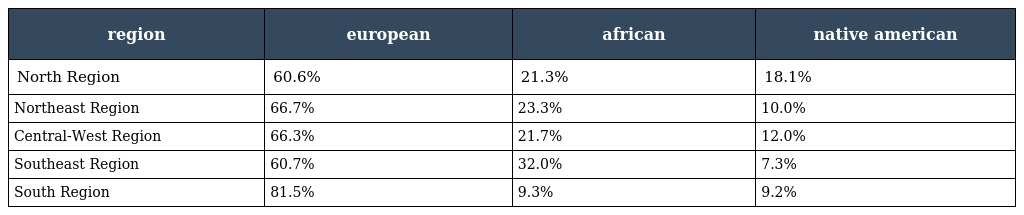
| region | european | african | native american |
 | --- | --- | --- | --- |
 | North Region | 60.6% | 21.3% | 18.1% |
 | Northeast Region | 66.7% | 23.3% | 10.0% |
 | Central-West Region | 66.3% | 21.7% | 12.0% |
 | Southeast Region | 60.7% | 32.0% | 7.3% |
 | South Region | 81.5% | 9.3% | 9.2% |